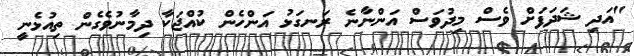
"އަދި ޝަދަފަށް ވެސް މިދުވަސް އަންނާނެ ރަނގަޅު އަންހެން ކުއްޖަކާ ދިމާނުވެގެން ތިއުޅެނީ